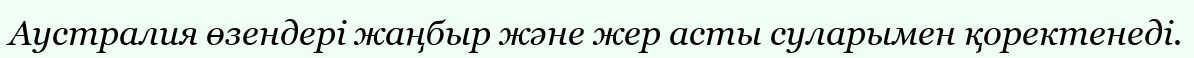
Аустралия өзендері жаңбыр және жер асты суларымен қоректенеді.